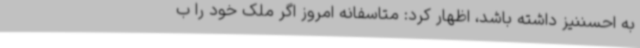
به احسننیز داشته باشد، اظهار کرد: متاسفانه امروز اگر ملک خود را ب